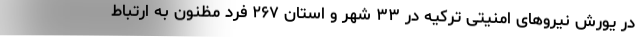
در یورش نیروهای امنیتی ترکیه در ۳۳ شهر و استان ۲۶۷ فرد مظنون به ارتباط